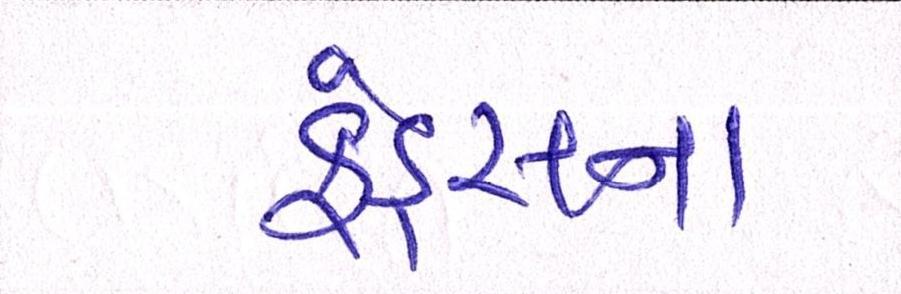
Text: ફંડ્સના